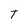
Character: T